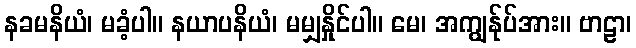
နခမနိယံ၊ မခံ့ပါ။ နယာပနိယံ၊ မမျှနှိုင်ပါ။ မေ၊ အကျွန်ုပ်အား။ ဗာဠာ၊